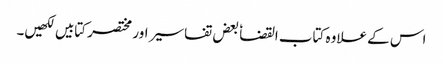
اس کے علاوہ کتاب القضا ٗ بعض تفاسیر اور مختصر کتابیں لکھیں۔